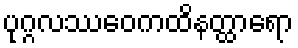
ပုဂ္ဂလဿေဝကထိနတ္ထာရော